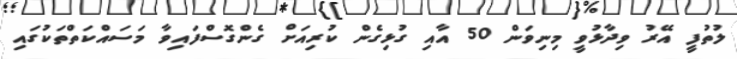
ލުތުފީ އޭރު ވިދާޅުވީ މިނިވަން 50 އާއި ގުޅިގެން ކުރިއަށް ގެންގޮސްފައިވާ މަސައްކަތްތަކުގައި